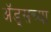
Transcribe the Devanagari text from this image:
अॅड्सच्या